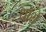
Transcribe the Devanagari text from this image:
थॉरो